Madras plague regulations in force outside the Presidency town - Volume 6
Disease focus: Plague
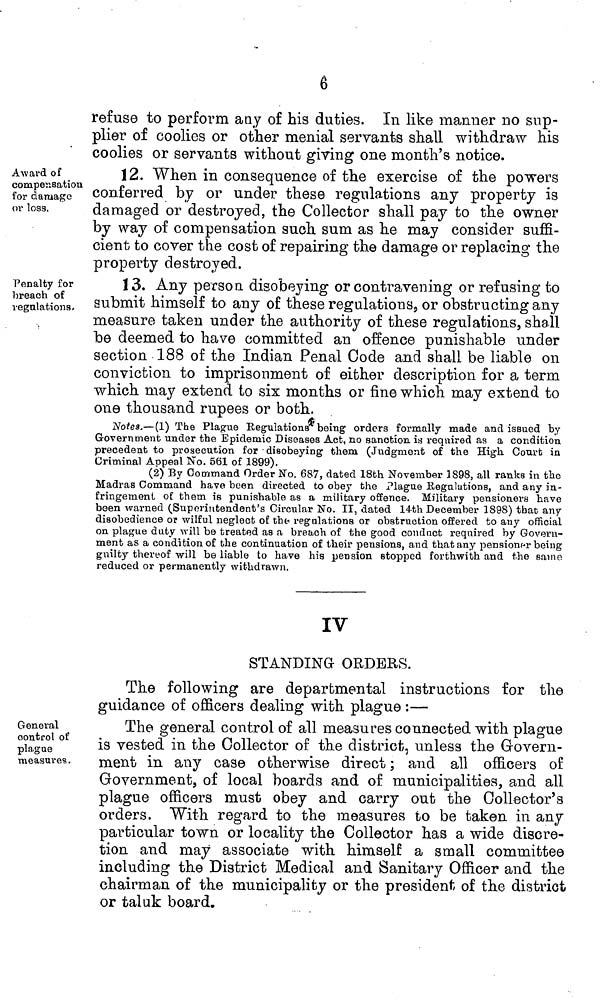
6
refuse to perform any of his duties. In like manner no sup-
plier of coolies or other menial servants shall withdraw his
coolies or servants without giving one month's notice.
Award of
compensation
for damage
or loss.
12. When in consequence of the exercise of the powers
conferred by or under these regulations any property is
damaged or destroyed, the Collector shall pay to the owner
by way of compensation such sum as he may consider suffi-
cient to cover the cost of repairing the damage or replacing the
property destroyed.
Penalty for
breach of
regulations.
13. Any person disobeying or contravening or refusing to
submit himself to any of these regulations, or obstructing any
measure taken under the authority of these regulations, shall
be deemed to have committed an offence punishable under
section 188 of the Indian Penal Code and shall be liable on
conviction to imprisonment of either description for a term
which may extend to six months or fine which may extend to
one thousand rupees or both.
Notes.—(1) The Plague Regulations being orders formally made and issued by
Government under the Epidemic Diseases Act, no sanction, is required as a condition
precedent to prosecution for disobeying them (Judgment of the High Court in
Criminal Appeal No. 561 of 1899).
(2) By Command Order No. 687, dated 18th November 1898, all ranks in the
Madras Command have been directed to obey the Plague Regulations, and any in-
fringement of them is punishable as a military offence. Military pensioners have
been warned (Superintendent's Circular No. II, dated 14th December 1898) that any
disobedience or wilful neglect of the regulations or obstruction offered to any official
on plague duty will be treated as a breach of the good conduct required by Govern-
ment as a condition of the continuation of their pensions, and that any pensioner being
guilty thereof will be liable to have his pension stopped forthwith and the same
reduced or permanently withdrawn.
IV
STANDING ORDERS.
The following are departmental instructions for the
guidance of officers dealing with plague :—
General
control of
plague
measures.
The general control of all measures connected with plague
is vested in the Collector of the district, unless the Govern-
ment in any case otherwise direct ; and all officers of
Government, of local boards and of municipalities, and all
plague officers must obey and carry out the Collector's
orders. With regard to the measures to be taken in any
particular town or locality the Collector has a wide discre-
tion and may associate with himself a small committee
including the District Medical and Sanitary Officer and the
chairman of the municipality or the president of the district
or taluk board.